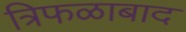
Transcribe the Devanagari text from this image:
त्रिफळाबाद